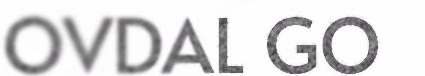
OVDAL GO